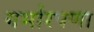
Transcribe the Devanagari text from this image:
गर्भारपणा